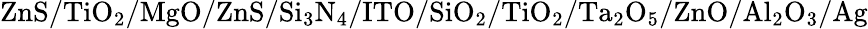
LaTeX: \mathrm{ZnS/TiO_{2}/MgO/ZnS/Si_{3}N_{4}/ITO/SiO_{2}/TiO_{2}/Ta_{2}O_{5}/ZnO/Al_{2}O_{3}/Ag}